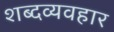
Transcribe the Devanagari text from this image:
शब्दव्यवहार